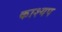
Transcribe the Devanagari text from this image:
काश्‍यप